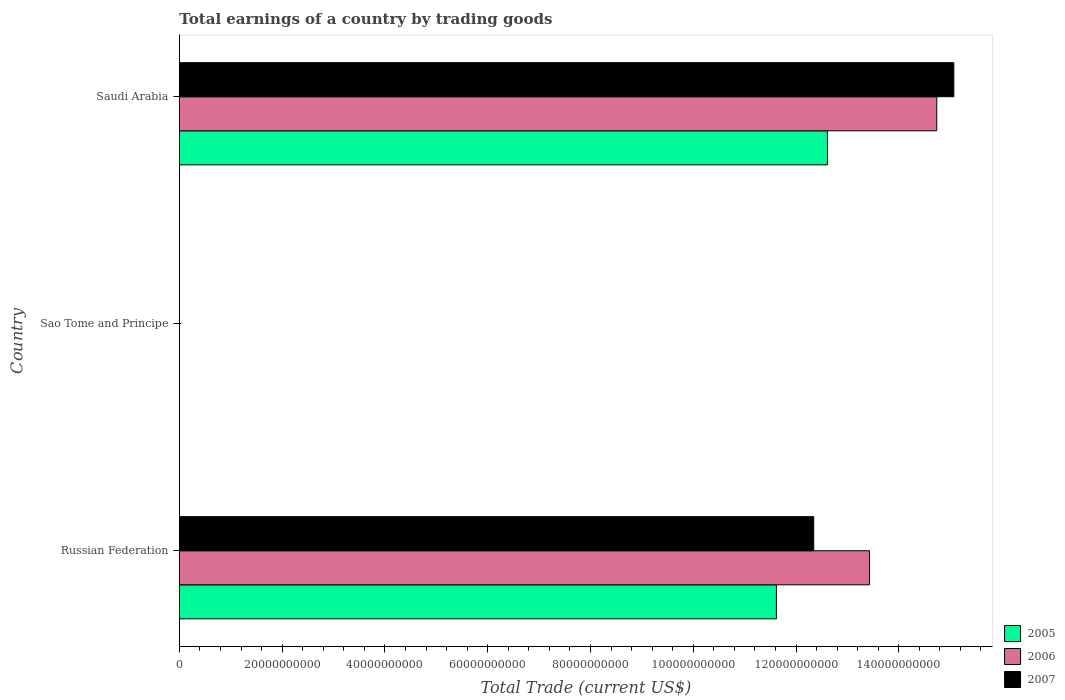
| Country | 2005 | 2006 | 2007 |
 | --- | --- | --- | --- |
 | Russian Federation | 1.16e+11 | 1.34e+11 | 1.23e+11 |
 | Sao Tome and Principe | -3.48e+07 | -5.15e+07 | -5.81e+07 |
 | Saudi Arabia | 1.26e+11 | 1.47e+11 | 1.51e+11 |